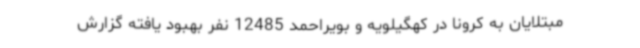
مبتلایان به کرونا در کهگیلویه و بویراحمد 12485 نفر بهبود یافته گزارش